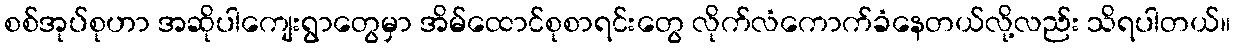
စစ်အုပ်စုဟာ အဆိုပါကျေးရွာတွေမှာ အိမ်ထောင်စုစာရင်းတွေ လိုက်လံကောက်ခံနေတယ်လို့လည်း သိရပါတယ်။